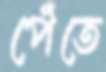
পেঁতে